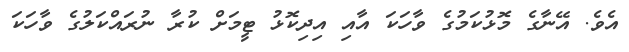
އެވެ. އޭނާގެ މޮޅުކަމުގެ ވާހަކަ އާއި އިދިކޮޅު ޓީމަށް ކުރާ ނުރައްކަލުގެ ވާހަކަ